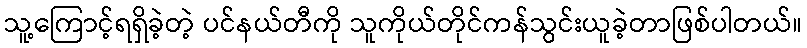
သူ့ကြောင့်ရရှိခဲ့တဲ့ ပင်နယ်တီကို သူကိုယ်တိုင်ကန်သွင်းယူခဲ့တာဖြစ်ပါတယ်။